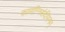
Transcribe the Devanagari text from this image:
कामाग्निसंदीपनम्